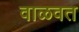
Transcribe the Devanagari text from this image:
वाळवत